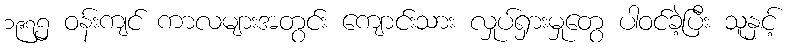
၁၉၇၅ ဝန်းကျင် ကာလများအတွင်း ကျောင်းသား လှုပ်ရှားမှုတွေ ပါဝင်ခဲ့ပြီး သူနှင့်